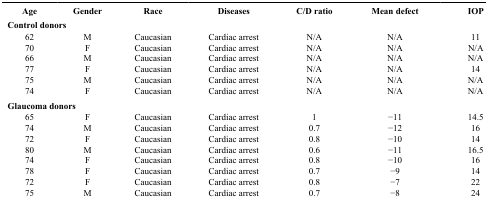
| Age | Gender | Race | Diseases | C/D ratio | Mean defect | IOP |
 | --- | --- | --- | --- | --- | --- | --- |
 | <COLSPAN=7> Control donors |
 | 62 | M | Caucasian | Cardiac arrest | N/A | N/A | 11 |
 | 70 | F | Caucasian | Cardiac arrest | N/A | N/A | N/A |
 | 66 | M | Caucasian | Cardiac arrest | N/A | N/A | N/A |
 | 77 | F | Caucasian | Cardiac arrest | N/A | N/A | 14 |
 | 75 | M | Caucasian | Cardiac arrest | N/A | N/A | N/A |
 | 74 | F | Caucasian | Cardiac arrest | N/A | N/A | N/A |
 | <COLSPAN=7> Glaucoma donors |
 | 65 | F | Caucasian | Cardiac arrest | 1 | −11 | 14.5 |
 | 74 | M | Caucasian | Cardiac arrest | 0.7 | −12 | 16 |
 | 72 | F | Caucasian | Cardiac arrest | 0.8 | −10 | 14 |
 | 80 | M | Caucasian | Cardiac arrest | 0.6 | −11 | 16.5 |
 | 74 | F | Caucasian | Cardiac arrest | 0.8 | −10 | 16 |
 | 78 | F | Caucasian | Cardiac arrest | 0.7 | −9 | 14 |
 | 72 | F | Caucasian | Cardiac arrest | 0.8 | −7 | 22 |
 | 75 | M | Caucasian | Cardiac arrest | 0.7 | −8 | 24 |